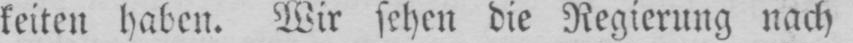
keiten haben. Wir sehen die Regierung nach